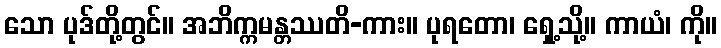
သော ပုဒ်တို့တွင်။ အဘိက္ကမန္တဿတိ-ကား။ ပုရတော၊ ရှေ့သို့။ ကာယံ၊ ကို။